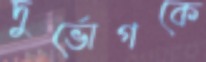
দুর্ভোগকে